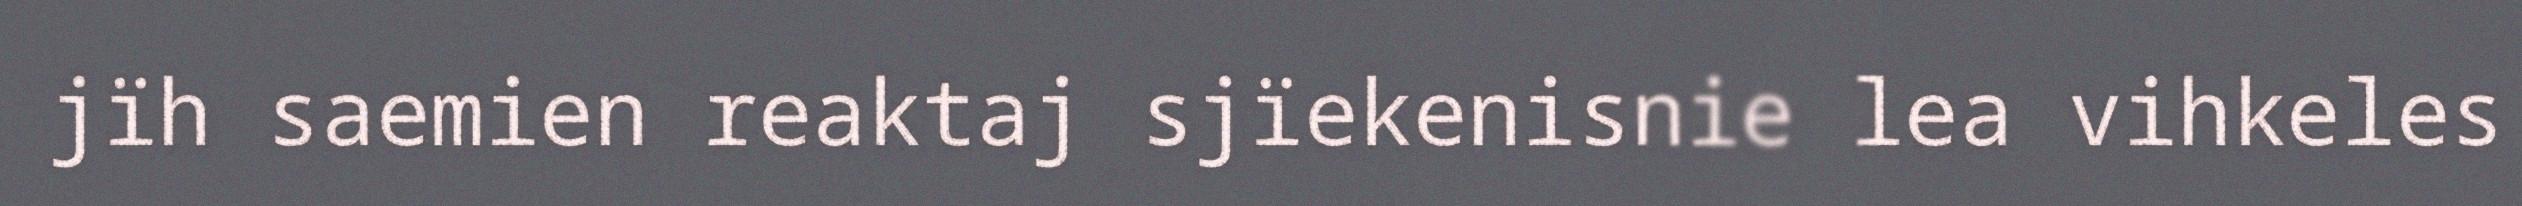
jïh saemien reaktaj sjïekenisnie lea vihkeles